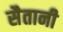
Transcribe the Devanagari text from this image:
सैतानी